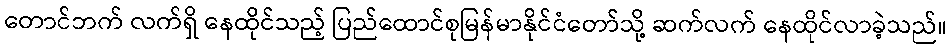
တောင်ဘက် လက်ရှိ နေထိုင်သည့် ပြည်ထောင်စုမြန်မာနိုင်ငံတော်သို့ ဆက်လက် နေထိုင်လာခဲ့သည်။